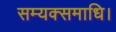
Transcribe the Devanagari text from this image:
सम्यक्समाधि।